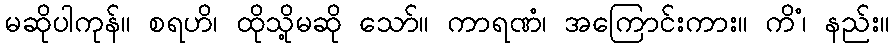
မဆိုပါကုန်။ စရဟိ၊ ထိုသို့မဆို သော်။ ကာရဏံ၊ အကြောင်းကား။ ကိံ၊ နည်း။